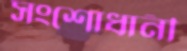
সংশোধানী